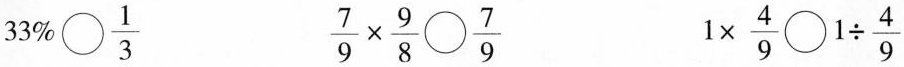
$$33\% \bigcirc{} \frac{1}{3}$$ $$\frac{7}{9}\times \frac{9}{8} \bigcirc{} \frac{7}{9}$$ $$1 \times \frac{4}{9} \bigcirc{} 1\div \frac{4}{9}$$